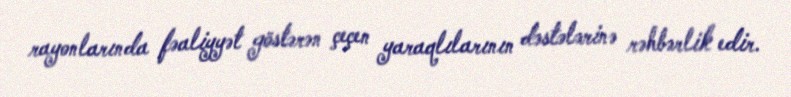
rayonlarında fəaliyyət göstərən çeçen yaraqlılarının dəstələrinə rəhbərlik edir.